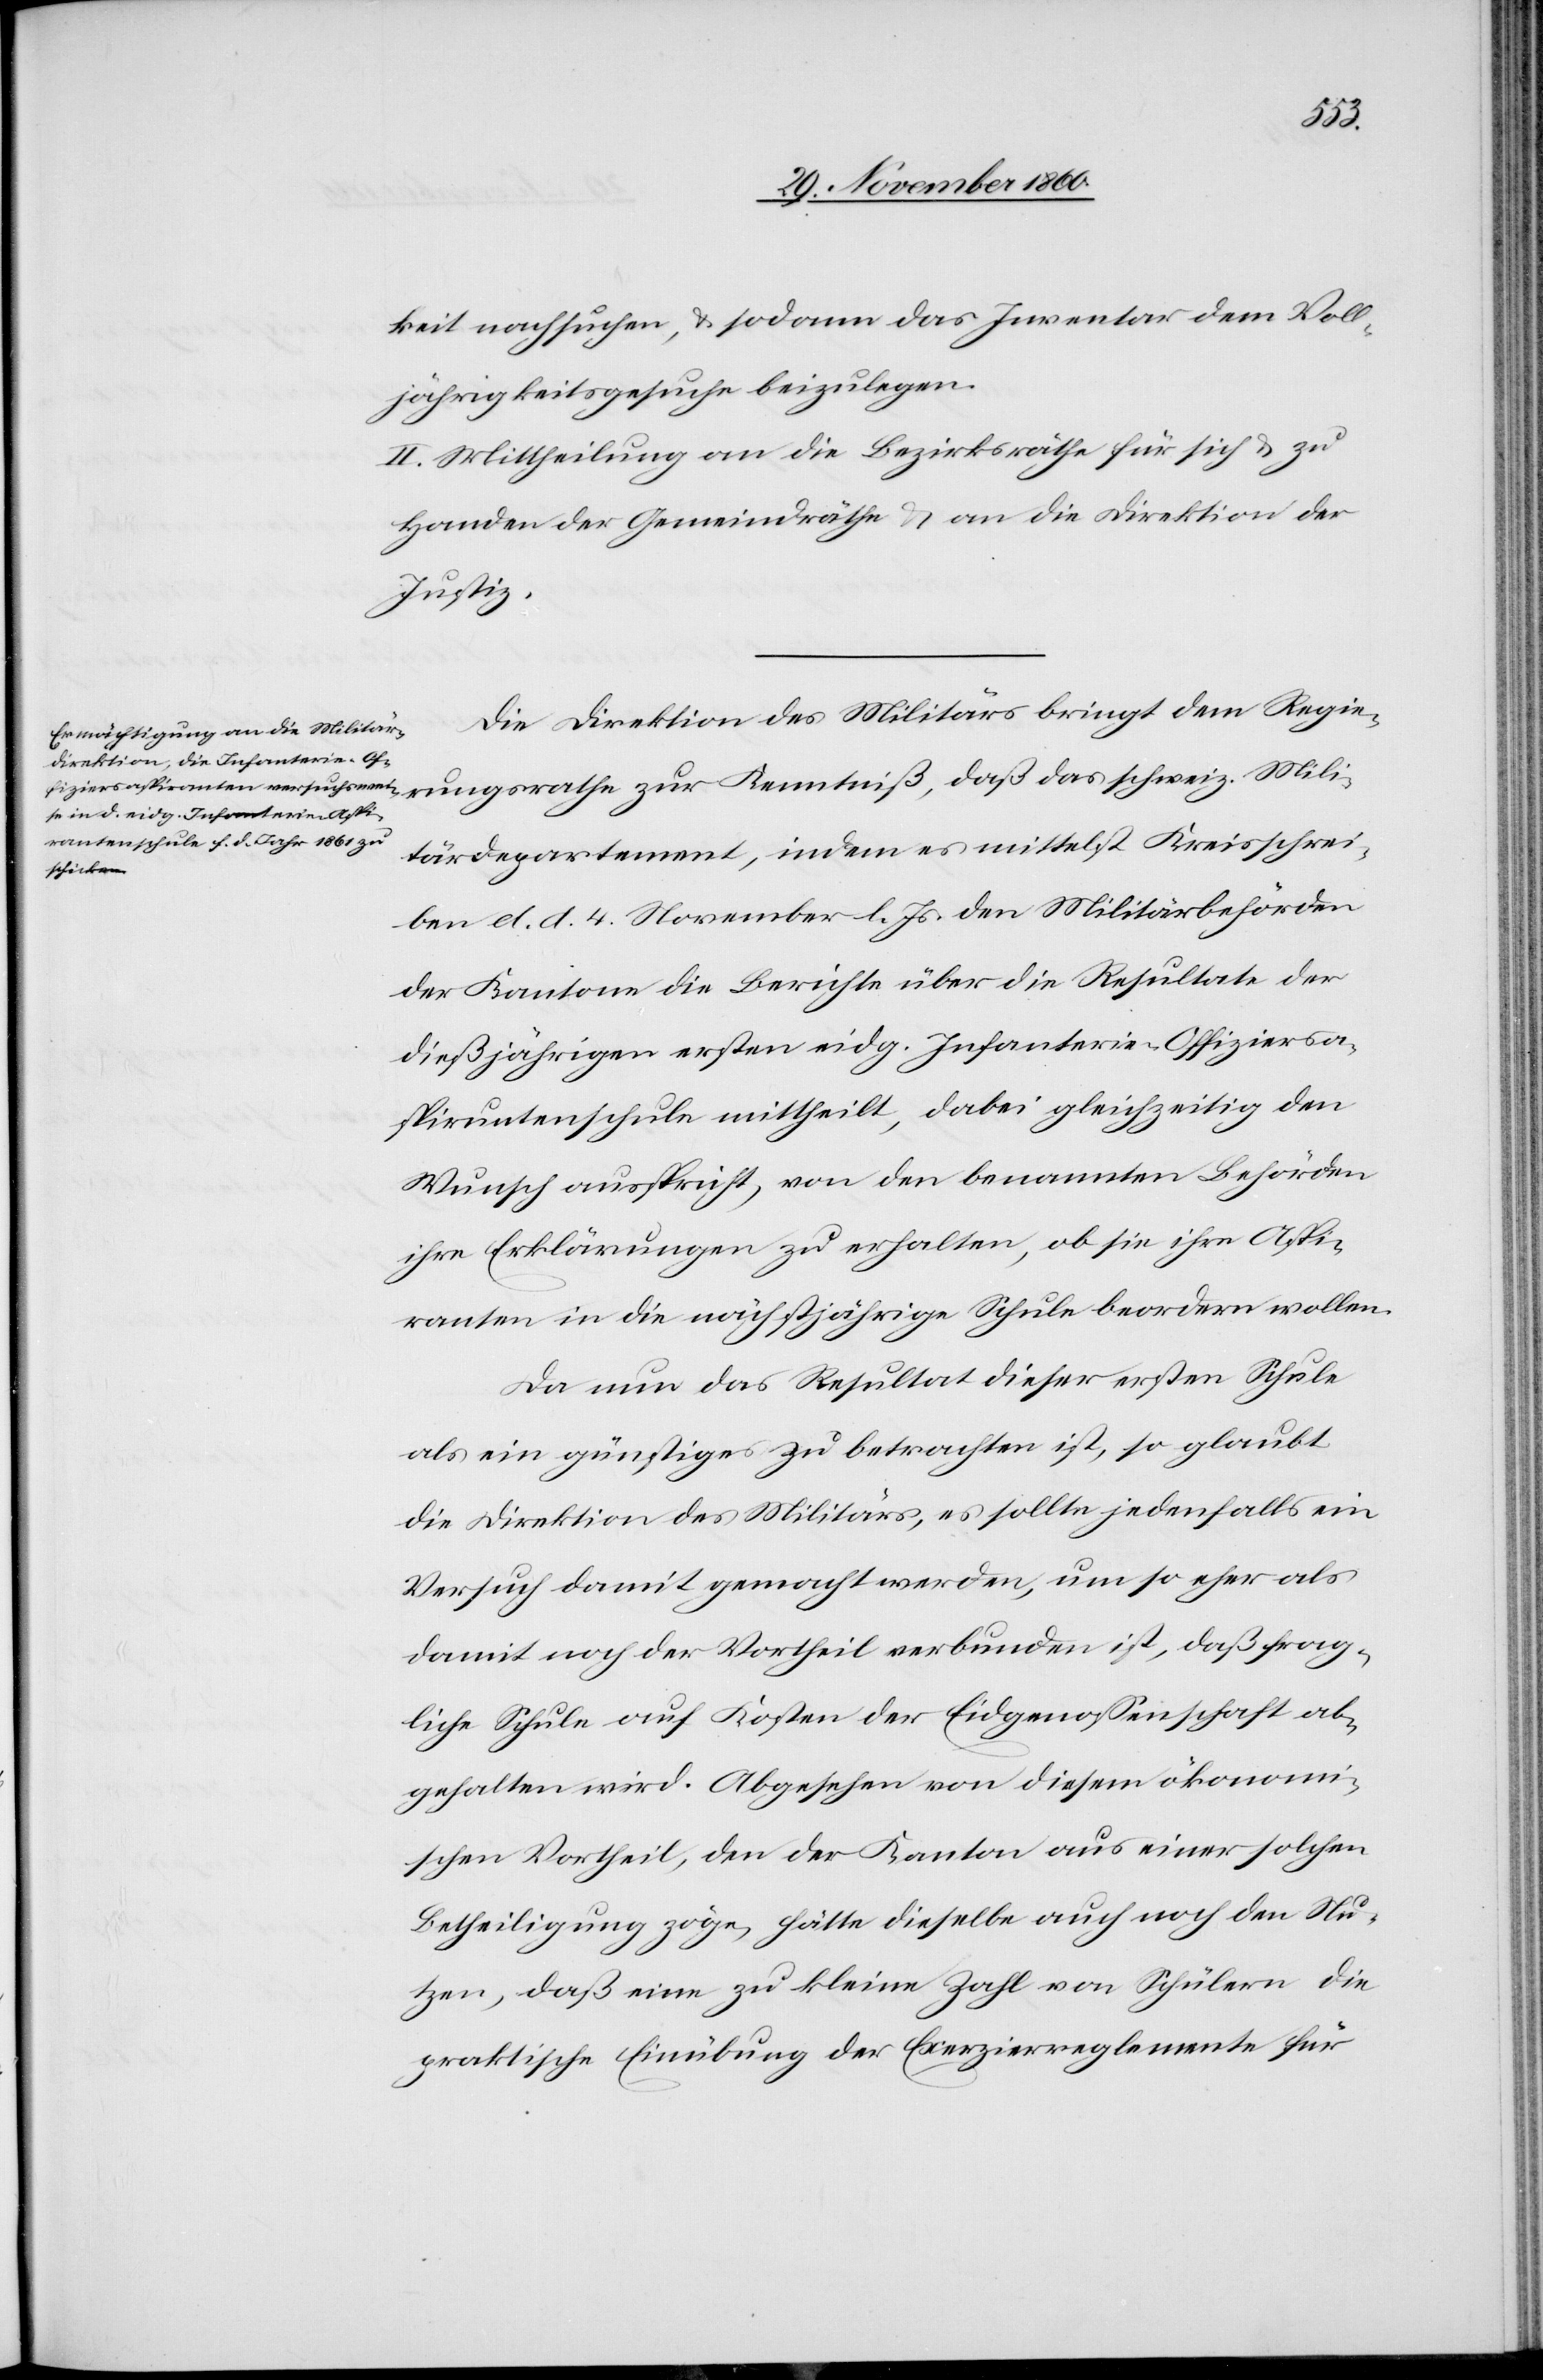
Mili¬
keit nachsuchen, u. sodann das Inventar dem Voll¬
jährigkeitsgesuche beizulegen.
II. Mittheilung an die Bezirksräthe für sich u. zu
Handen der Gemeindräthe u. an die Direktion der
rungsrathe
Die Direktion des Militärs bringt dem Regie¬
tärdepartement, indem es mittelst Kreisschrei¬
ben d. d. 4. November l. Js. den Militärbehörden
der Kantone die Berichte über die Resultate der
dießjährigen ersten eidg. Infanterie-Offiziersa¬
spiruntenschule [sic!] mittheilt, dabei gleichzeitig den
Wunsch ausspricht, von den benannten Behörden
ihre Erklärungen zu erhalten, ob sie ihre Aspi¬
ranten in die nächstjährige Schule beordern wollen.
Da nun das Resultat dieser ersten Schule
als ein günstiges zu betrachten ist, so glaubt
die Direktion des Militärs, es sollte jedenfalls ein
Versuch damit gemacht werden, um so eher als
damit noch der Vortheil verbunden ist, daß frag¬
liche Schule auf Kosten der Eidgenossenschaft ab¬
gehalten wird. Abgesehen von diesem ökonomi¬
schen Vortheil, den der Kanton aus einer solchen
Betheiligung zöge, hätte dieselbe auch noch den Nu¬
tzen, daß eine zu kleine Zahl von Schülern die
praktische Einübung der Exerzierreglemente für